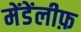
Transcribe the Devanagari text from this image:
मेंडेंलीफ़